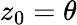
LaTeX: z_{0}=\theta